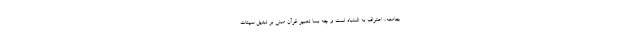
جامعه، اعتراف به اشتباه است و چه بسا تعبیر قرآن مبنی بر تبدیل سیئات